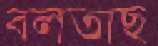
বলতাছ